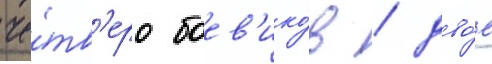
че́тв'еро боев'ико́в / дво́е